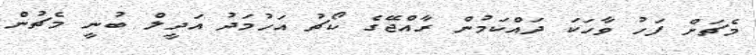
މެޗަށް ފަހު ވާހަކަ ދައްކަމުން ރާއްޖޭގެ ކޯޗު އަހުމަދު އަދީލް ބުނީ މެޗުން